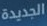
الجديدة